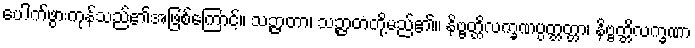
ပေါက်ဖွားကုန်သည်၏အဖြစ်ကြောင့်။ သဉ္ဇာတာ၊ သဉ္ဇာတတို့မည်၏။ နိဗ္ဗတ္တိလက္ခဏပ္ပတ္တတ္တာ၊ နိဗ္ဗတ္တိလက္ခဏာ